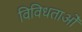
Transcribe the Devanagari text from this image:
विविधताओँ